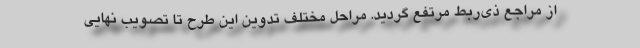
از مراجع ذی‌ربط مرتفع گردید. مراحل مختلف تدوین این طرح تا تصویب نهایی